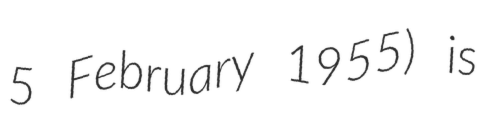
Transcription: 5 February 1955) is